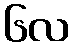
၆လ